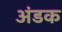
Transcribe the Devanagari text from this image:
अंडक